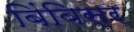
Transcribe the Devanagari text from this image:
बिंबिसर